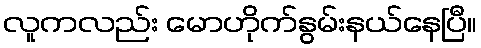
လူကလည်း မောဟိုက်နွမ်းနယ်နေပြီ။